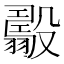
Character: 𣫟